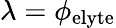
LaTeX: \lambda=\phi_{\mathrm{elyte}}